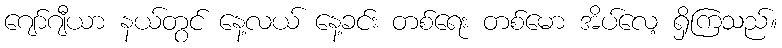
ဂျော်ဂျီယာ နယ်တွင် နေ့လယ် နေ့ခင်း တစ်ရေး တစ်မော အိပ်လေ့ ရှိကြသည်။